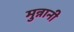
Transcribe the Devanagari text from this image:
मुन्नानी